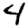
Digit: 4